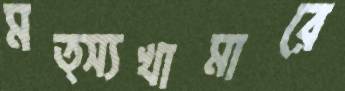
মত্স্যখামারে